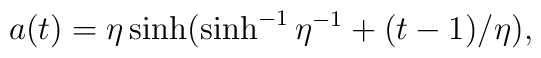
a(t)  = \eta \sinh(\sinh^{-1}\eta^{-1} + (t-1)/\eta),